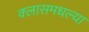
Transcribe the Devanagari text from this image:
क्लासमधल्या